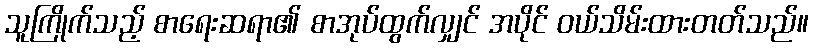
သူကြိုက်သည့် စာရေးဆရာ၏ စာအုပ်ထွက်လျှင် အပိုင် ဝယ်သိမ်းထားတတ်သည်။